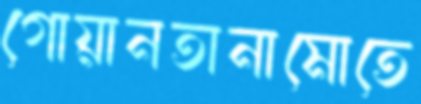
গোয়ানতানামোতে